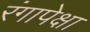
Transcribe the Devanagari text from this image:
रंगापेक्षा